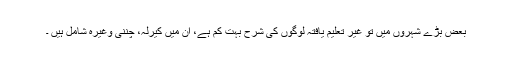
بعض بڑے شہروں میں تو غیر تعلیم یافتہ لوگوں کی شرح بہت کم ہے، ان میں کیرلہ، چننی وغیرہ شامل ہیں ۔